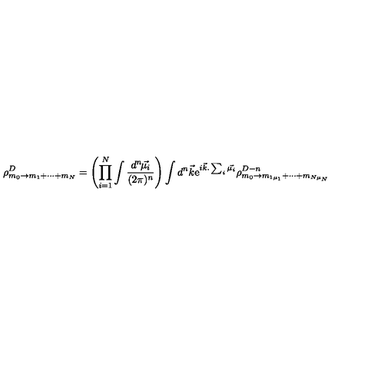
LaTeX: \rho _ { m _ { 0 } \rightarrow m _ { 1 } + \cdots + m _ { N } } ^ { D } = \left( \prod _ { i = 1 } ^ { N } \int \frac { d ^ { n } \! \vec { \mu _ { i } } } { ( 2 \pi ) ^ { n } } \right) \int d ^ { n } \vec { k } \mathrm { e } ^ { i \vec { k } . \sum _ { i } \vec { \mu _ { i } } } \rho _ { m _ { 0 } \rightarrow m _ { 1 \mu _ { 1 } } + \cdots + m _ { N \mu _ { N } } } ^ { D - n }